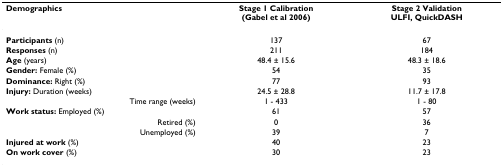
| Demographics | Stage 1 Calibration(Gabel et al 2006) | Stage 2 ValidationULFI, QuickDASH |
 | --- | --- | --- |
 | Participants (n) | 137 | 67 |
 | Responses (n) | 211 | 184 |
 | Age (years) | 48.4 ± 15.6 | 48.3 ± 18.6 |
 | Gender: Female (%) | 54 | 35 |
 | Dominance: Right (%) | 77 | 93 |
 | Injury: Duration (weeks) | 24.5 ± 28.8 | 11.7 ± 17.8 |
 | Time range (weeks) | 1 - 433 | 1 - 80 |
 | Work status: Employed (%) | 61 | 57 |
 | Retired (%) | 0 | 36 |
 | Unemployed (%) | 39 | 7 |
 | Injured at work (%) | 40 | 23 |
 | On work cover (%) | 30 | 23 |